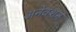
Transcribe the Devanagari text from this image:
अनेक्शन